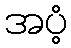
အပံ့